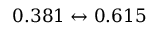
0 . 3 8 1 \leftrightarrow 0 . 6 1 5